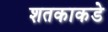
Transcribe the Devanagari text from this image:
शतकाकडे